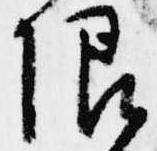
限